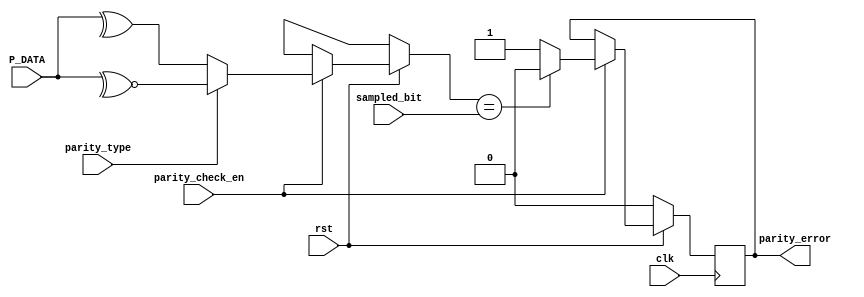
	module parity_check(
    input parity_check_en,
    input sampled_bit,
    input clk,rst,
    input parity_type,
    input [7:0] P_DATA,
    output reg parity_error
);
reg parity_bit;
always @(posedge clk) begin
    if (!rst) begin
        parity_error<=1'b0;
        parity_bit<=1'b0;
    end
    else if (parity_check_en) begin
        if (!parity_type) begin
            parity_bit=^P_DATA;
        end
        else
         begin
            parity_bit=~^P_DATA;
        end
        parity_error=(parity_bit==sampled_bit)?1'b0:1'b1;
    end
end
endmodule